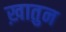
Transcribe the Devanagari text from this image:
ख़ातुन